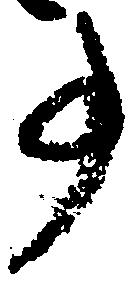
事